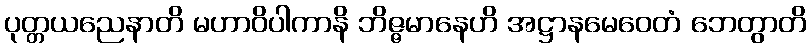
ပုတ္တယညေနာတိ မဟာဝိပါကာနိ ဘိဇ္ဇမာနေဟိ အဋ္ဌာနမေဝေတံ ဘေတွာတိ